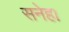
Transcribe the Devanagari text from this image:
सनेह।